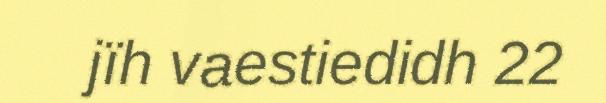
jïh vaestiedidh 22